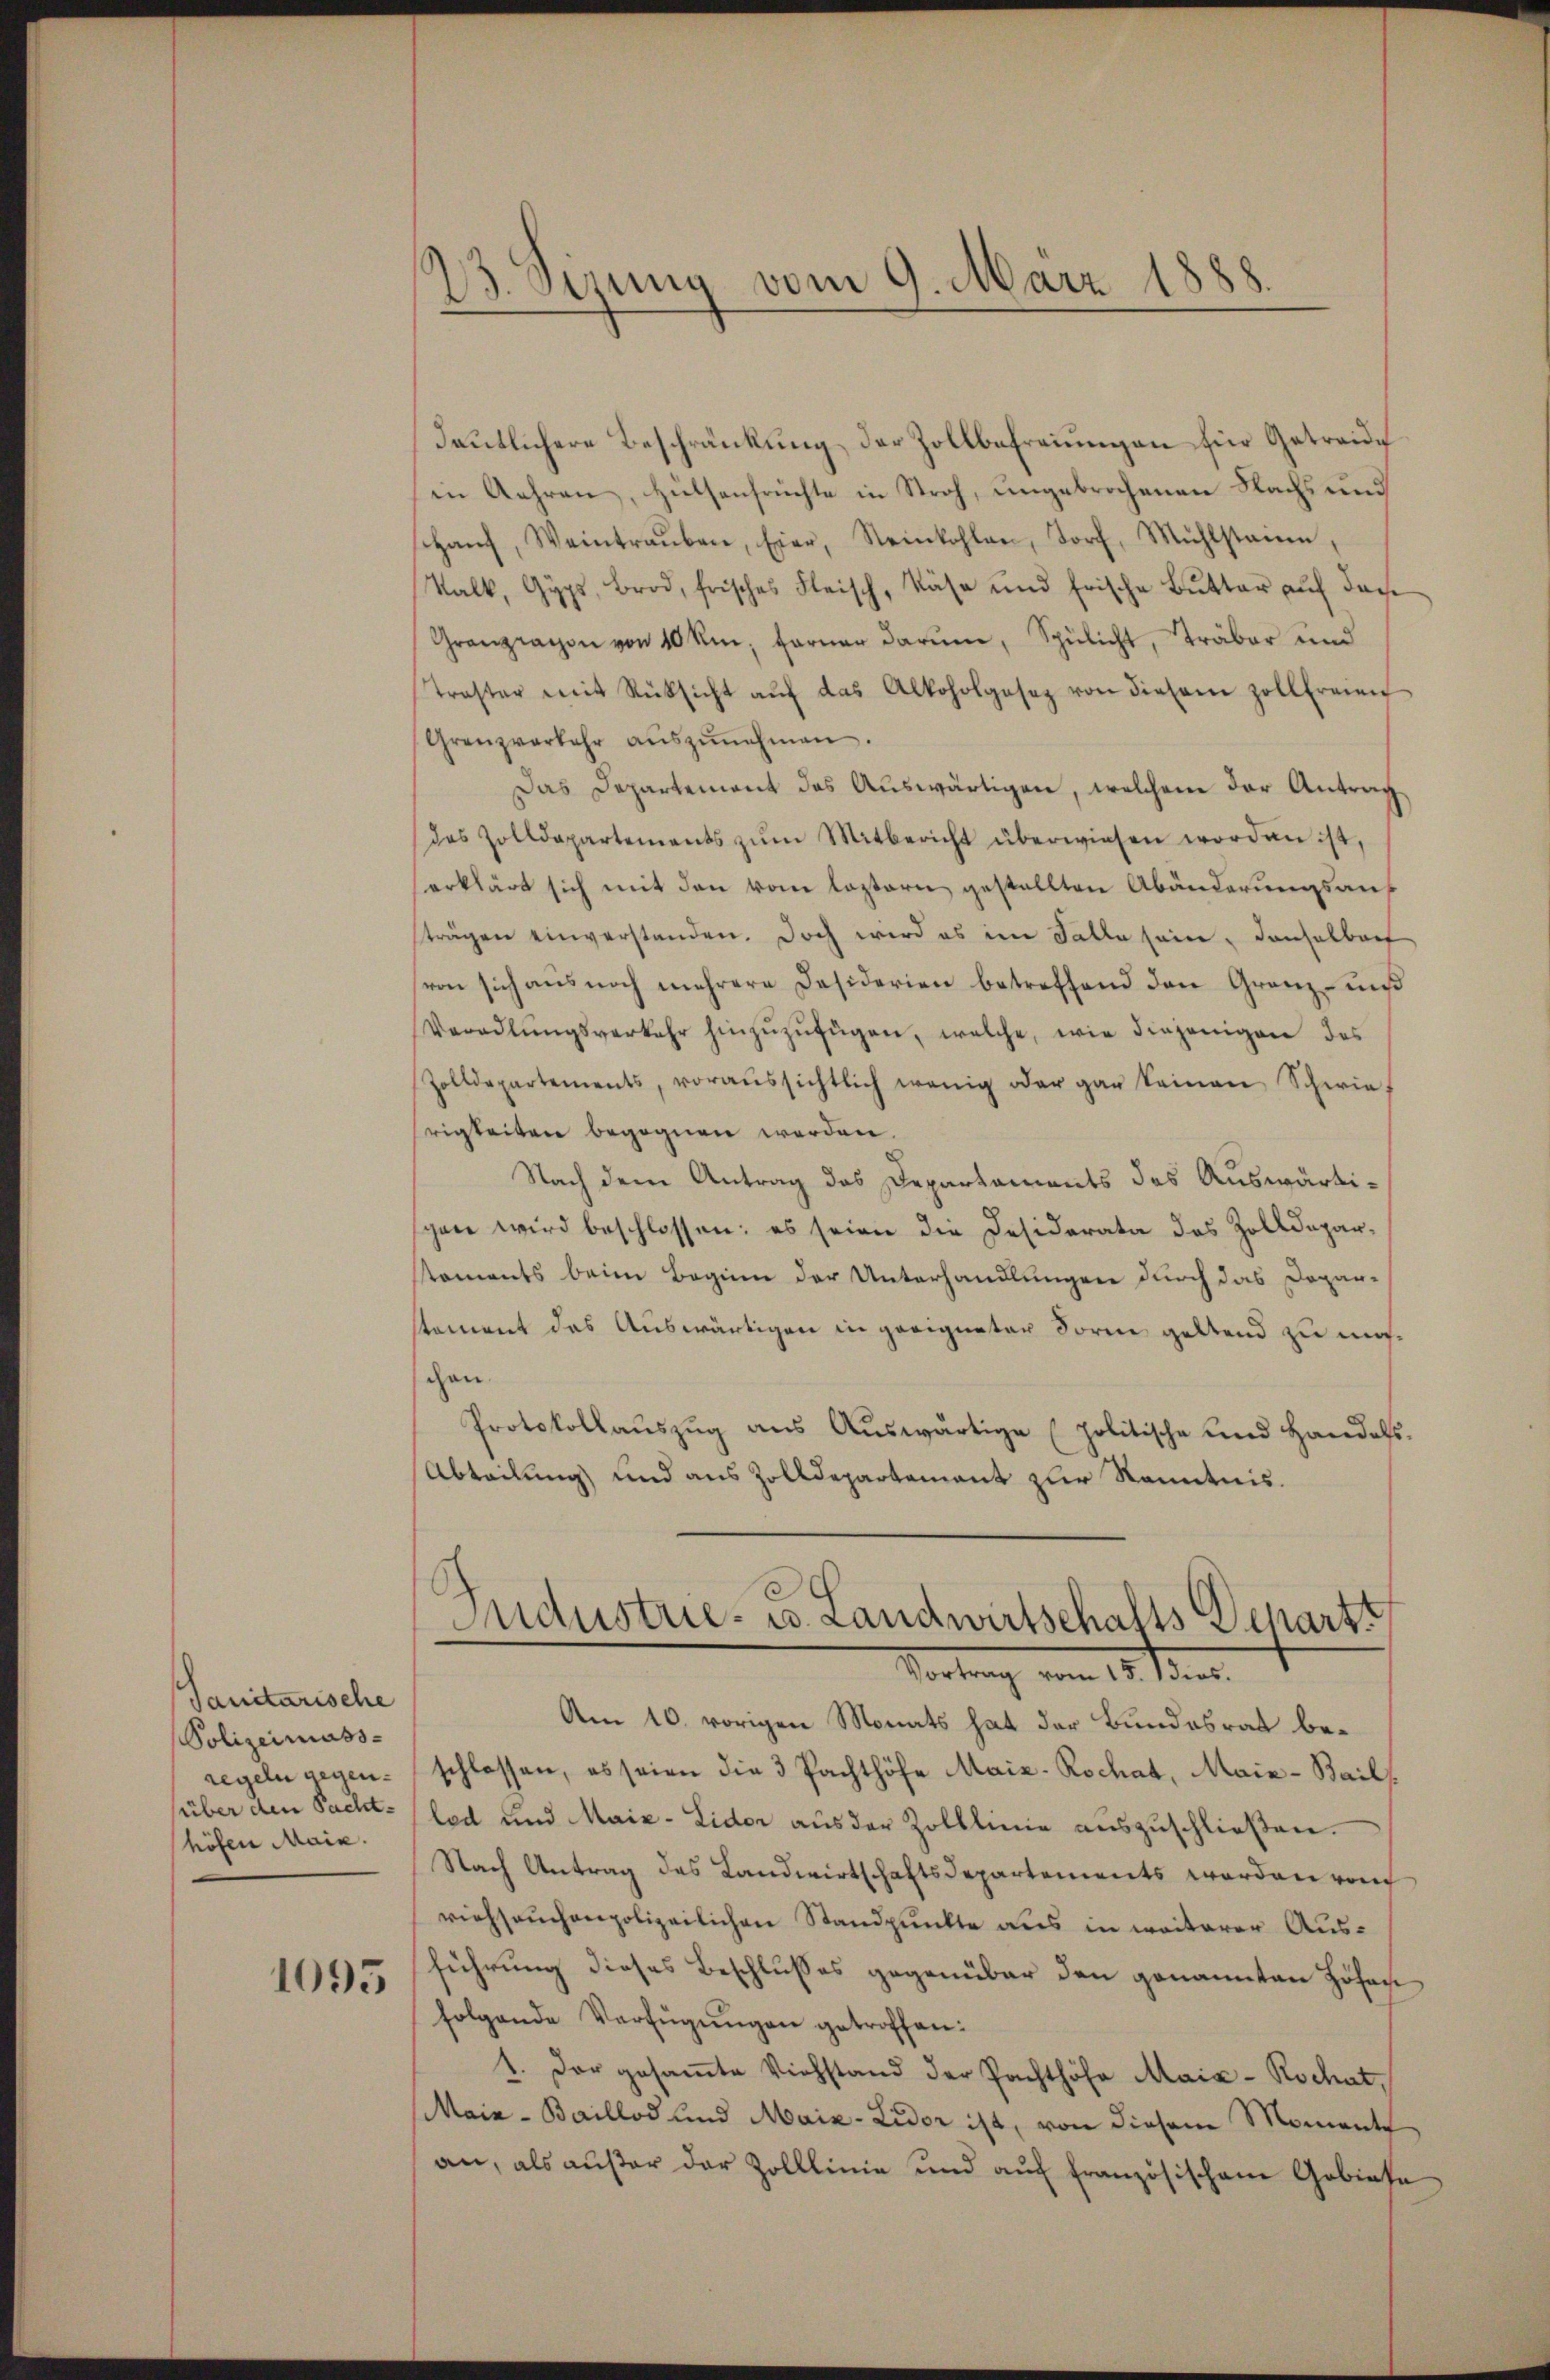
Sanitarische
Polizeimass-
regeln gegen¬
(über den Pacht-
höfen Main.
1095

23. Sizung vom 9. März 1888.

deutlichere Beschränkung der Zollbefreiungen für Getreue
in Gehren, Hülsenfrüchte in Stroh, ungebrochenen Nachs und
sihaŭf, Weintraŭben, Eier, Steinkohlen, Torf, Mühlstaine,
Kalk, Gyps Brod, frisches Fleisch, Käse und frische Bŭtter aŭf das
Granzrathen von 10 km ferner darŭm, Spülicht, Träber und
Traster mit Rüksicht aŭf das Alkoholgesez von diesem Zollfreien
Grenzverkehr aŭszŭnehmen.
Das Departement des Auswärtigen, welchem der Antrag
das Zolldepartements zŭm Mitbericht überwiesen worden ist,
erklärt sich mit den vom leztern gestellten Abänderungsauf
strägen einverstanden. Doch wird es im Falle sein, Conselborf
von sich aus noch mehrere Desiderien betreffend den Granz uns
Veradlŭngsverkehr hinzŭzŭfügen, welche, wie diejenigen des
Zolldepartements, voraussichtlich wenig oder gar keinen Schwief
rigkeiten begegnen werden.
Nach dem Antrag des Departaments des Auswärtischen wird beschlossen; es seien die Desiderata des Zolldeparstaments beim Beginne der Unterhandlungen durch das Depar-
stement das Auswärtigen in geeigneter Form geltend zu machen.
Protokollaŭszŭg aŭs Aŭswärtige (politische und Handels.
Abteilung und aus Zolldepartement zur Kenntnis.
Sudustrie- u. Landwirtschafts Depart
Vortrag vom 15. Mar
Am 10. vorigen Monats hat der Bundesrat beschlossen, es seien die 3 Pachthöfe Maiz-Rochat, Maie-Bails
lod und Maiz-Lidor aŭs der Zolllinie aŭszŭschlieβen.
Nach Antrag des Landwirtschaftsdepartements worden von
viehseuchenpolizeilichen Standpunkte aus in weiterer Ausführung dieses Beschlusses gegenüber den genannten Höhen
folgende Verfügŭngen getroffen:
1. Der gesamte Viehstand der Pachthöfe Maix-Rochat
Maia - Baillod und Maiz-Lidor ist, von diesem Momente
an, als außer der Zolllinie und aŭf französischem Gebiete